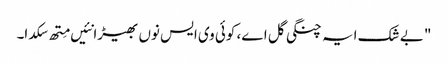
" بے شک ایہ چنگی گل اے، کوئی وی ایس نوں بھیڑا نئیں مِتھ سکدا۔